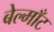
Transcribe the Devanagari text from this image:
बेल्माँट